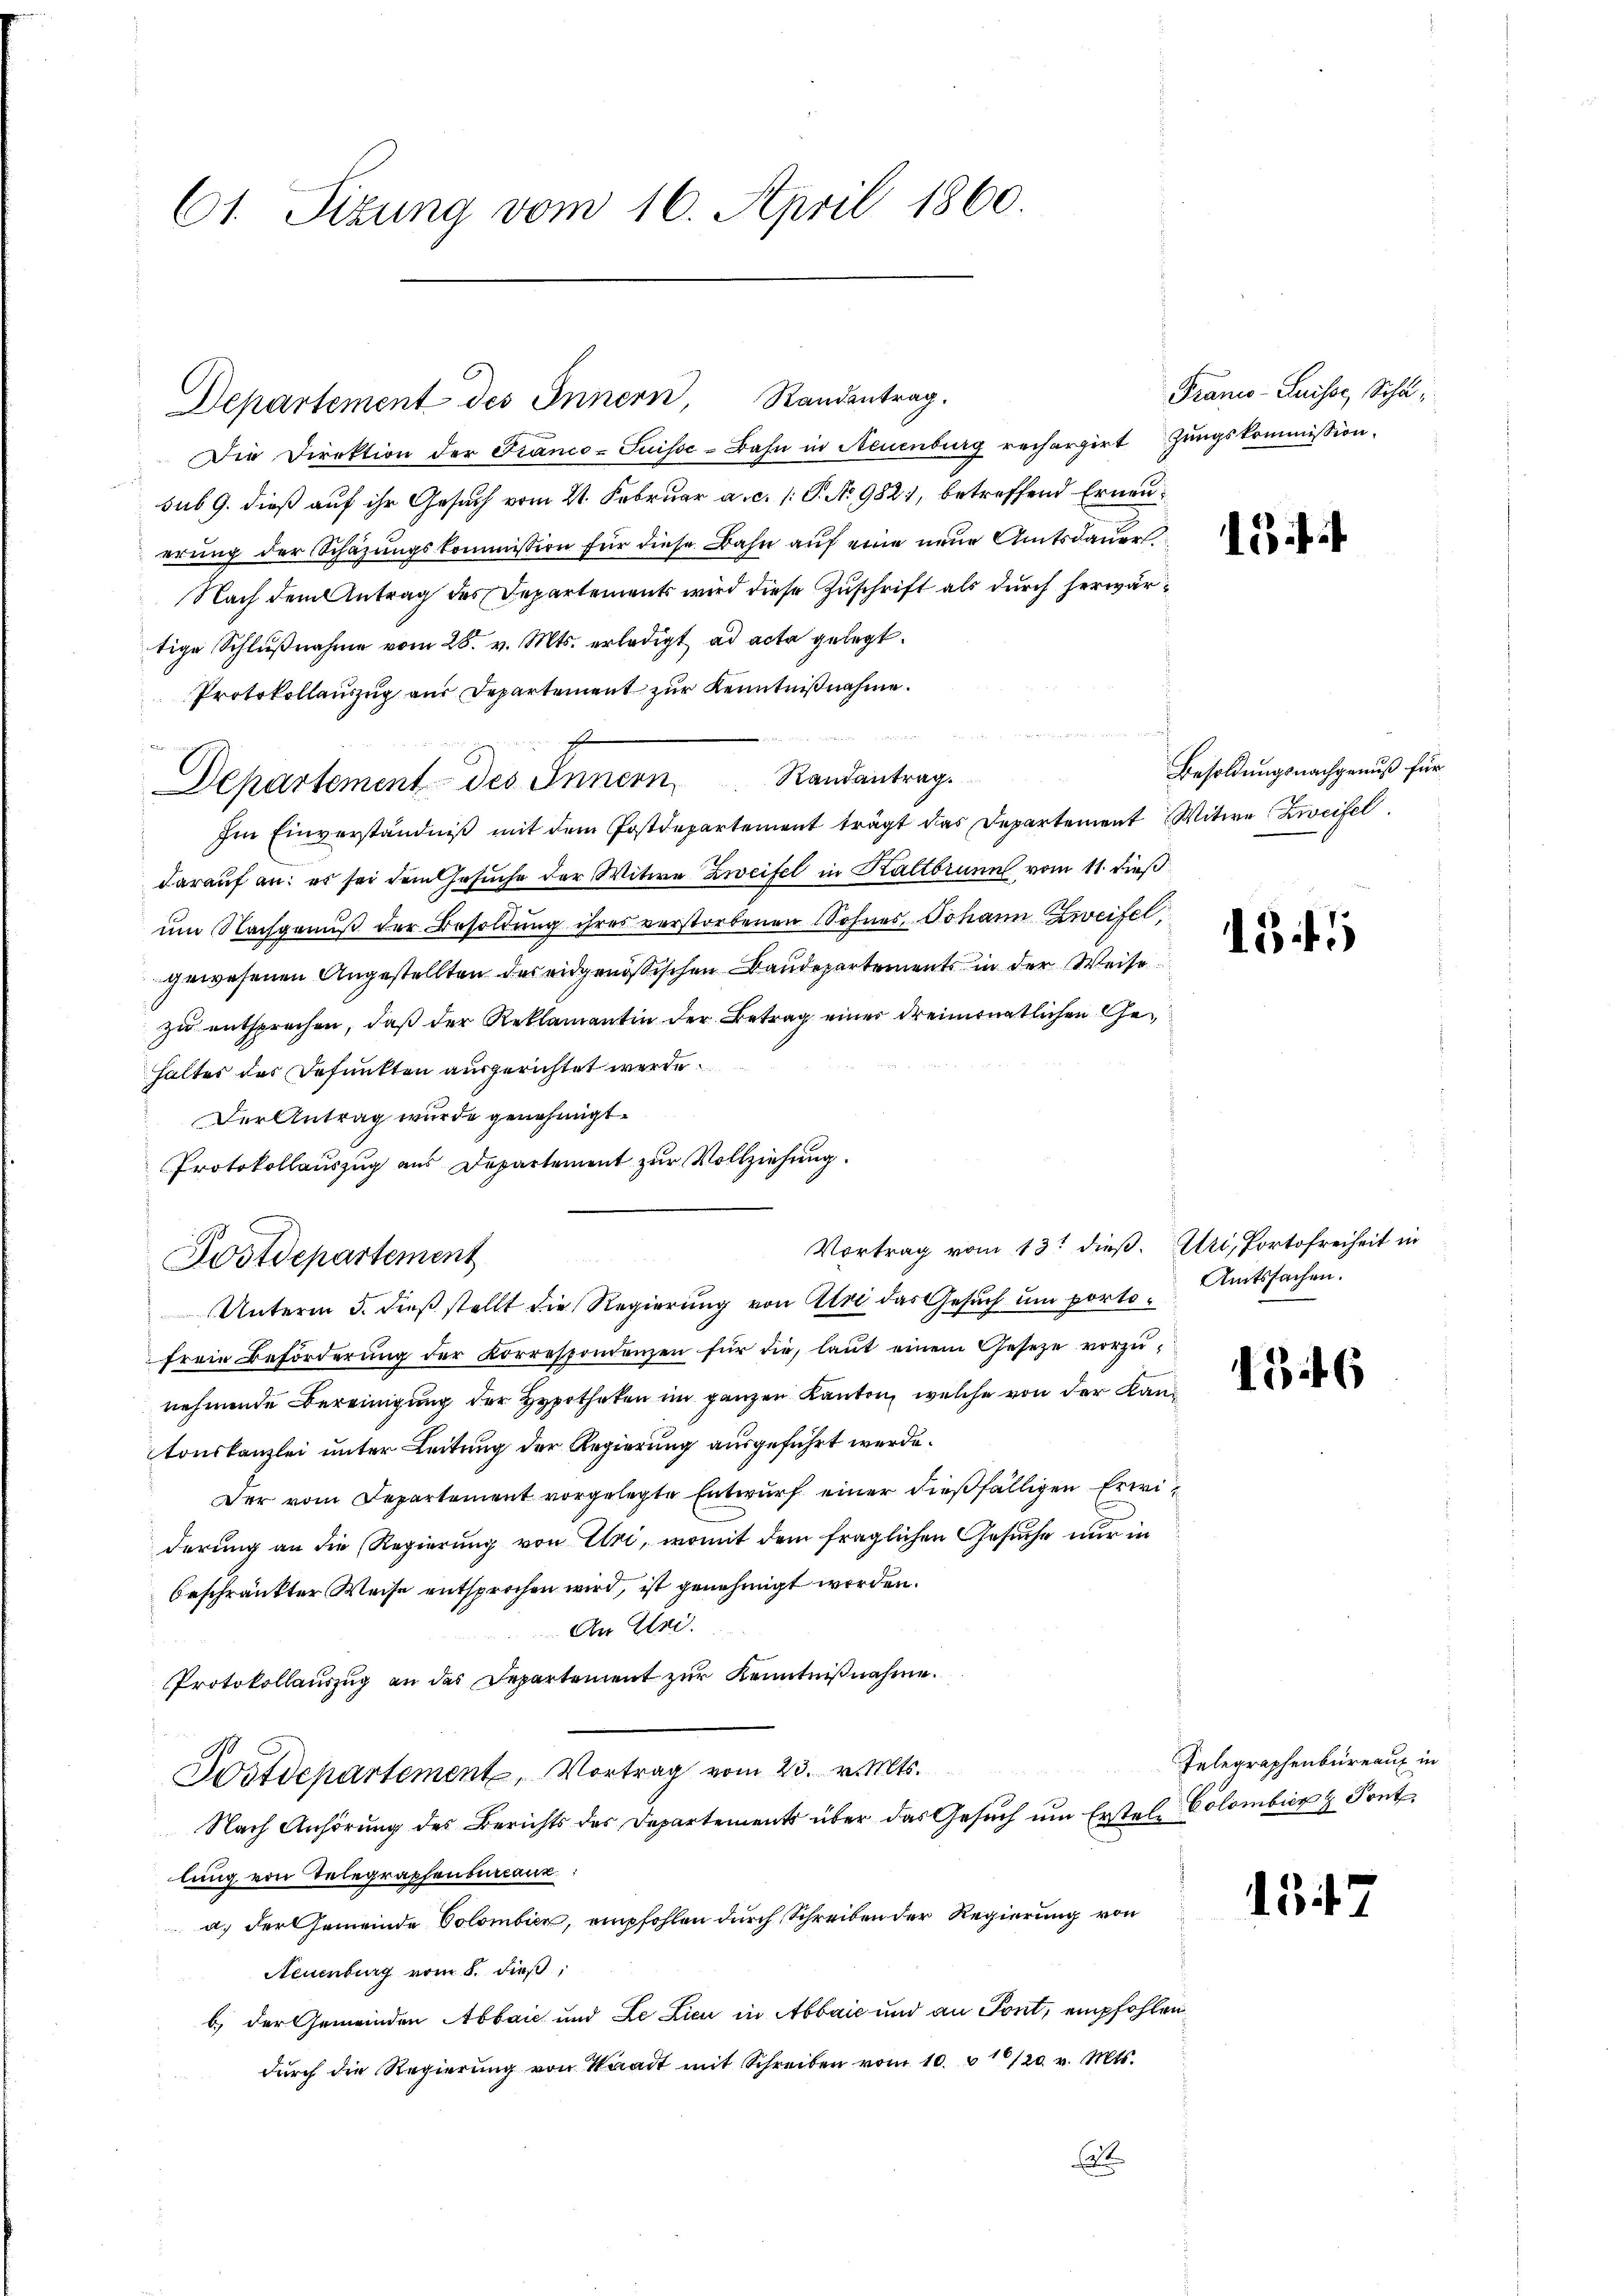
61. Sizung vom 16. April 1860.

Die Direktion der Franco-Suisse-Bahn in Neuenburg rechargirtungskommission.
sub 9. dieß auf ihr Gesuch vom 21. Februar a. c. 1 S. No 9827, betreffend Erneuerung der Schazungskommission für diese Bahn auf eine neue Amtsdauer
Nach dem Antrag des Departements wird diese Zuschrift als durch herwärtige Schlußnahme vom 28. v. Mts. erledigt ad acta gelegt.
Protokollauszug aus Departement zur Kenntnißnahme.
Ien Einverständniß mit dem Postdepartement trägt das Departement Witwe Zweifel
darauf an: es sei dem Gesuche der Witwe Zweifel in Kaltbrunn vom 11. dieß
um Nachgenuß der Besoldung ihres verstorbenen Sohner, Johann Zweifel,
gewesenen Angestellten des eidgenößischen Baudepartements in der Weise
zu entsprechen, daß der Reklamantin der Betrag einer dreimonatlichen Gehaltes des Befunkten ausgerichtet werde.
Der Antrag wurde genehmigt.
Protokollauszug aus Departement zur Vollziehung.
Unterm 5. dieß stellt die Regierung von Atri das Gesuch um portofreie Beförderŭng der Korrespondenzen für die, laut einem Gesetze vorzunehmende Bereinigung der Hypotheken im ganzen Kanton, welche von der Kantonskanzlei unter Leitung der Regierung ausgeführt werde.
Der vom Departement vorgelegte Entwurf einer dießfälligen Erwiderung an die Regierung von Uri, womit dem fraglichen Gesuche nur in
beschränkter Weise entsprochen wird, ist genehmigt werden.
An Eri
Protokollauszug an das Departement zur Kenntnißnahme.
Postdepartement, Vortrag vom 23. v. Mts.
Nach Anhörung des Berichts des Departements über das Gesŭch ŭm Erstel Colombina Pont
lung von Telegraphenbureaux:
a. der Gemeinde Colombier, empfohlen durch Schreiben der Regierung von
Neuenburg vom 8. dieß,
b) der Gemeinden Abbaić und Le Lici in Abbaić und an Tont, empfohlen
durch die Regierung von Waadt mit Schreiben vom 10. u 1/20. v. Mts.

Departement des Innern, Randentrag.

Postdepartement

e
Departement des Innern Randantrag.

Vortrag vom 13t dieß. Uri, Portofreiheit in

Franco-Luisse, Schu¬

Besoldungsnachgenuß für

13

Amtssachen.

1346

Telegraphenbüreaux in

137